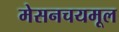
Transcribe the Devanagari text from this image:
मेसनचयमूल